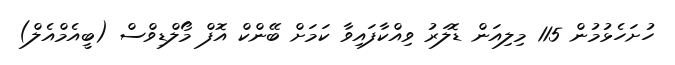
ހުށަހެޅުމުން 115 މިލިއަން ޑޮލަރު ވިއްކާފައިވާ ކަމަށް ބޭންކް އޮފް މޯލްޑިވްސް (ބީއެމްއެލް)